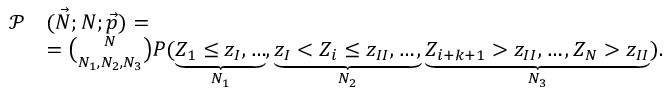
\begin{array} { r l } { \mathcal { P } } & { ( \vec { N } ; N ; \vec { p } ) = } \\ & { = \binom { N } { N _ { 1 } , N _ { 2 } , N _ { 3 } } P ( \underbrace { Z _ { 1 } \leq z _ { I } , \dotsc } _ { N _ { 1 } } , \underbrace { z _ { I } < Z _ { i } \leq z _ { I I } , \dotsc , } _ { N _ { 2 } } \underbrace { Z _ { i + k + 1 } > z _ { I I } , \dotsc , Z _ { N } > z _ { I I } } _ { N _ { 3 } } ) . } \end{array}